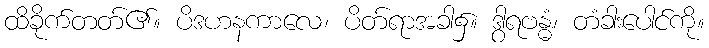
ထိခိုက်တတ်၏။ ပိဒဟနကာလေ၊ ပိတ်ရာအခါ၌။ ဒွါရဗန္ဓံ၊ တံခါးပေါင်ကို။